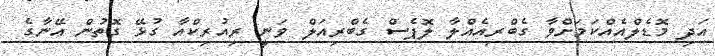
އަދި މޮޑެލްއެއްކަމަށްވާ ގެބްރިއެއްލާ ލޮޕެސް ގެބްރިއަލް ވަނީ ރިއުރިކްއާ ގުޅޭ ގޮތުން އޭނާގެ